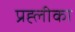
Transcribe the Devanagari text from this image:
प्रह्लीका